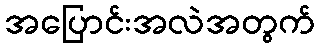
အပြောင်းအလဲအတွက်